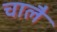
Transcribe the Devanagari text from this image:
चालै